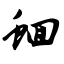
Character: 蛔